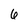
Character: 6